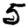
Digit: 5